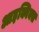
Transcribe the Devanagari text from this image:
आइक्विक्स